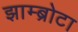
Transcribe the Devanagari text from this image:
झाम्ब्रोटा